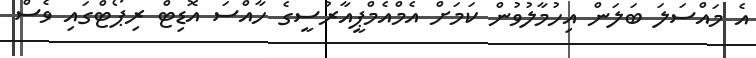
އެ މައްސަލަ ބަލަން އިހުމާލުވުން ކަމަށް އެމްއެމްޕީއާރުސީގެ ހާއްސަ އޮޑިޓް ރިޕޯޓްގައި ވެސް